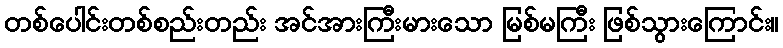
တစ်ပေါင်းတစ်စည်းတည်း အင်အားကြီးမားသော မြစ်မကြီး ဖြစ်သွားကြောင်း။